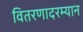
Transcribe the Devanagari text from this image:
वितरणादरम्यान